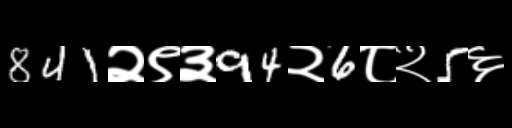
Text: 841२९३94२6८२5६